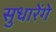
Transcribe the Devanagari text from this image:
सुधारेंगे